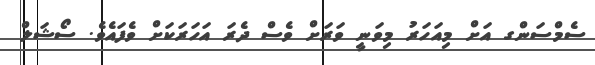
ސެމްސަންގ އަށް މިއަހަރު މިވަނީ ވަރަށް ވެސް ދެރަ އަހަރަކަށް ވެފައެވެ. ސޯޝަލް